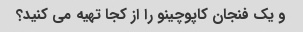
و یک فنجان کاپوچینو را از کجا تهیه می کنید؟